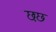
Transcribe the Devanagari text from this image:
छःछ